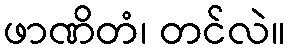
ဖာဏိတံ၊ တင်လဲ။